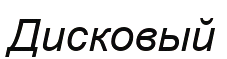
Дисковый